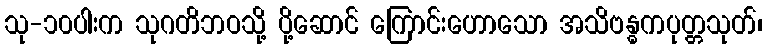
သု-၁၀ပါးက သုဂတိဘဝသို့ ပို့ဆောင် ကြောင်းဟောသော အသိဗန္ဓကပုတ္တသုတ်၊